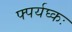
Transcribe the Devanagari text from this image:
फ्पर्यघ्कः